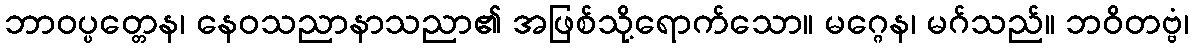
ဘာဝပ္ပတ္တေန၊ နေဝသညာနာသညာ၏ အဖြစ်သို့ရောက်သော။ မဂ္ဂေန၊ မဂ်သည်။ ဘဝိတဗ္ဗံ၊